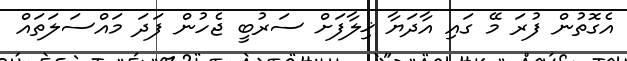
އެގޮތުން ފުރަ މޭ ގައި އާދަޔާ ޚިލާފަށް ސަރުބީ ޖެހުން ފަދަ މައްސަލަތައް